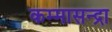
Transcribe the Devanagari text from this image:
कम्मासन्द्रा